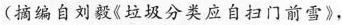
（摘编自刘毅《垃圾分类应自扫门前雪》，